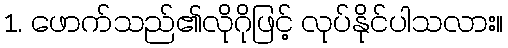
1. ဖောက်သည်၏လိုဂိုဖြင့် လုပ်နိုင်ပါသလား။